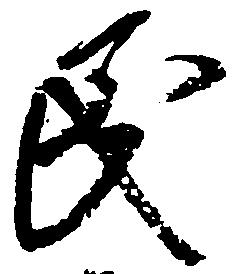
民